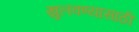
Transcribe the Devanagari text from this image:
खुलवण्यासाठी